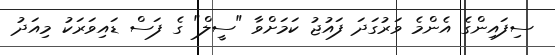
ސިފައިންގެ އެންމެ ވަރުގަދަ ފައުޖު ކަމަށްވާ "ސީލް" ގެ ފަސް ޑައިވަރަކު މިއަދު